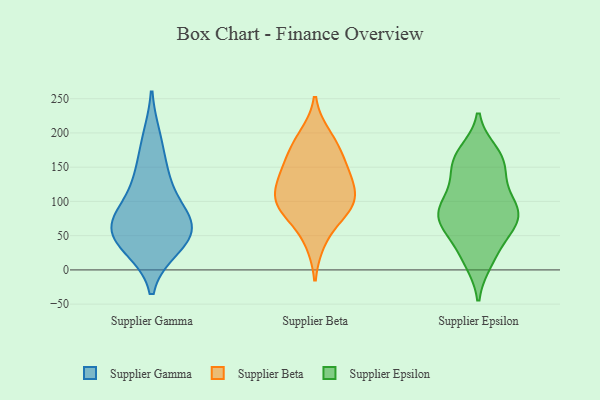
{"axis": {"x": "Churn Rate (%)", "y": "Value"}, "legend": ["Supplier Beta", "Supplier Epsilon", "Supplier Gamma"], "data": [{"x": "", "y": 36, "type": "Supplier Gamma"}, {"x": "", "y": 54, "type": "Supplier Gamma"}, {"x": "", "y": 57, "type": "Supplier Gamma"}, {"x": "", "y": 123, "type": "Supplier Gamma"}, {"x": "", "y": 192, "type": "Supplier Gamma"}, {"x": "", "y": 145, "type": "Supplier Gamma"}, {"x": "", "y": 67, "type": "Supplier Gamma"}, {"x": "", "y": 80, "type": "Supplier Gamma"}, {"x": "", "y": 78, "type": "Supplier Gamma"}, {"x": "", "y": 33, "type": "Supplier Gamma"}, {"x": "", "y": 104, "type": "Supplier Beta"}, {"x": "", "y": 182, "type": "Supplier Beta"}, {"x": "", "y": 105, "type": "Supplier Beta"}, {"x": "", "y": 195, "type": "Supplier Beta"}, {"x": "", "y": 136, "type": "Supplier Beta"}, {"x": "", "y": 167, "type": "Supplier Beta"}, {"x": "", "y": 142, "type": "Supplier Beta"}, {"x": "", "y": 134, "type": "Supplier Beta"}, {"x": "", "y": 92, "type": "Supplier Beta"}, {"x": "", "y": 88, "type": "Supplier Beta"}, {"x": "", "y": 89, "type": "Supplier Beta"}, {"x": "", "y": 42, "type": "Supplier Beta"}, {"x": "", "y": 166, "type": "Supplier Epsilon"}, {"x": "", "y": 56, "type": "Supplier Epsilon"}, {"x": "", "y": 76, "type": "Supplier Epsilon"}, {"x": "", "y": 28, "type": "Supplier Epsilon"}, {"x": "", "y": 91, "type": "Supplier Epsilon"}, {"x": "", "y": 83, "type": "Supplier Epsilon"}, {"x": "", "y": 104, "type": "Supplier Epsilon"}, {"x": "", "y": 136, "type": "Supplier Epsilon"}, {"x": "", "y": 90, "type": "Supplier Epsilon"}, {"x": "", "y": 67, "type": "Supplier Epsilon"}, {"x": "", "y": 67, "type": "Supplier Epsilon"}, {"x": "", "y": 69, "type": "Supplier Epsilon"}, {"x": "", "y": 155, "type": "Supplier Epsilon"}, {"x": "", "y": 117, "type": "Supplier Epsilon"}, {"x": "", "y": 13, "type": "Supplier Epsilon"}, {"x": "", "y": 16, "type": "Supplier Epsilon"}, {"x": "", "y": 160, "type": "Supplier Epsilon"}, {"x": "", "y": 171, "type": "Supplier Epsilon"}, {"x": "", "y": 86, "type": "Supplier Epsilon"}, {"x": "", "y": 156, "type": "Supplier Epsilon"}]}